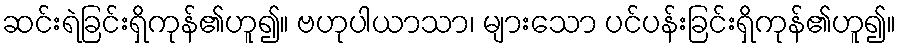
ဆင်းရဲခြင်းရှိကုန်၏ဟူ၍။ ဗဟုပါယာသာ၊ များသော ပင်ပန်းခြင်းရှိကုန်၏ဟူ၍။